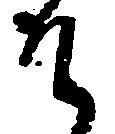
そ